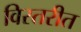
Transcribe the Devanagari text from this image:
विस्तरीत